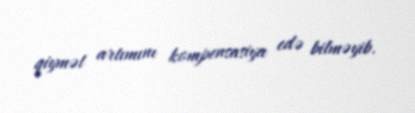
qiymət artımını kompensasiya edə bilməyib.